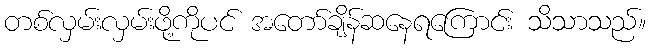
တစ်လှမ်းလှမ်းဖို့ကိုပင် အတော်ချိန်ဆနေရကြောင်း သိသာသည်။